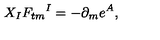
X _ { I } F _ { t m } { } ^ { I } = - \partial _ { m } e ^ { A } ,